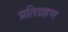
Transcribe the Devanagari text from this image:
प्रतिग्रहण